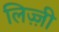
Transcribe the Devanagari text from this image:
लिज़्ज़ी